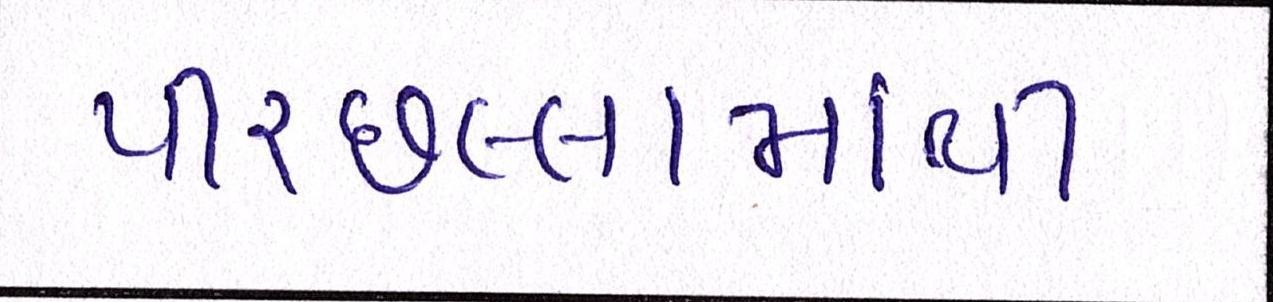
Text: પીરછલ્લામાંથી